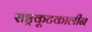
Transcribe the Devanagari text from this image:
राष्ट्रकूटकालीन